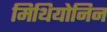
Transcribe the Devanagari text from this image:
मिथियोनिन